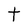
Character: t